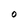
Character: O